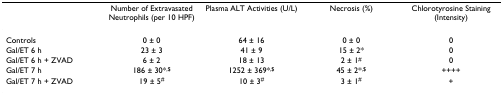
|  | Number of Extravasated Neutrophils (per 10 HPF) | Plasma ALT Activities (U/L) | Necrosis (%) | Chlorotyrosine Staining (Intensity) |
 | --- | --- | --- | --- | --- |
 | Controls | 0 – 0 | 64 – 16 | 0 – 0 | 0 |
 | Gal/ET 6 h | 23 – 3 | 41 – 9 | 15 – 2* | 0 |
 | Gal/ET 6 h + ZVAD | 6 – 2 | 18 – 13 | 2 – 1# | 0 |
 | Gal/ET 7 h | 186 – 30*,$ | 1252 – 369*,$ | 45 – 2*,$ | ++++ |
 | Gal/ET 7 h + ZVAD | 19 – 5# | 10 – 3# | 3 – 1# | + |